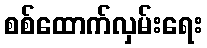
စစ်ထောက်လှမ်းရေး